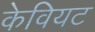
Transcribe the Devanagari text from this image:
केवियट